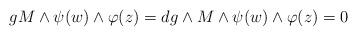
\begin{align*}gM\wedge\psi(w)\wedge\varphi(z)=dg\wedge M\wedge\psi(w)\wedge\varphi(z)=0\end{align*}